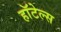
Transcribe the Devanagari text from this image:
हाॅटेल्स